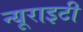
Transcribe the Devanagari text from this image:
न्यूराइटी